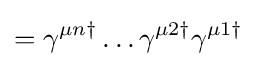
=\gamma ^{\mu n\dagger }\dots \gamma ^{\mu 2\dagger }\gamma ^{\mu 1\dagger }